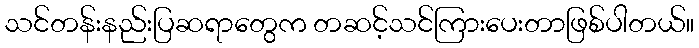
သင်တန်းနည်းပြဆရာတွေက တဆင့်သင်ကြားပေးတာဖြစ်ပါတယ်။